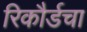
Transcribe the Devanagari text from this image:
रिकौर्डचा